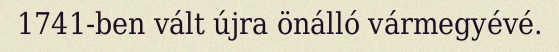
1741-ben vált újra önálló vármegyévé.